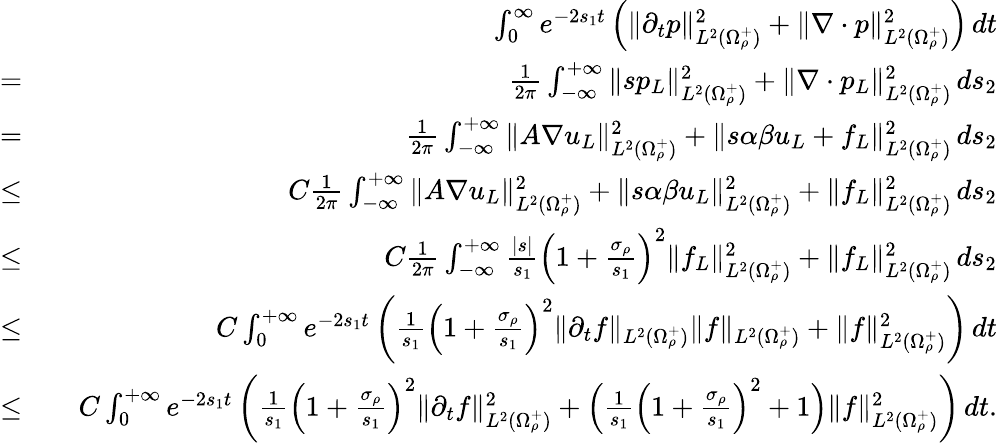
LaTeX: \begin{array}{rlr}&{}&{\int_{0}^{\infty}e^{-2s_{1}t}\left(\| \partial_{t}p\| _{L^{2}(\Omega_{\rho}^{+})}^{2}+\| \nabla\cdot p\| _{L^{2}(\Omega_{\rho}^{+})}^{2}\right)\, dt}\\ {=}&{}&{\frac{1}{2\pi}\int_{-\infty}^{+\infty}\| sp_{L}\| _{L^{2}(\Omega_{\rho}^{+})}^{2}+\| \nabla\cdot p_{L}\| _{L^{2}(\Omega_{\rho}^{+})}^{2}\, ds_{2}}\\ {=}&{}&{\frac{1}{2\pi}\int_{-\infty}^{+\infty}\| A\nabla u_{L}\| _{L^{2}(\Omega_{\rho}^{+})}^{2}+\| s\alpha\beta u_{L}+f_{L}\| _{L^{2}(\Omega_{\rho}^{+})}^{2}\, ds_{2}}\\ {\leq}&{}&{C\frac{1}{2\pi}\int_{-\infty}^{+\infty}\| A\nabla u_{L}\| _{L^{2}(\Omega_{\rho}^{+})}^{2}+\| s\alpha\beta u_{L}\| _{L^{2}(\Omega_{\rho}^{+})}^{2}+\| f_{L}\| _{L^{2}(\Omega_{\rho}^{+})}^{2}\, ds_{2}}\\ {\leq}&{}&{C\frac{1}{2\pi}\int_{-\infty}^{+\infty}\frac{|s|}{s_{1}}\left(1+\frac{\sigma_{\rho}}{s_{1}}\right)^{2}\| f_{L}\| _{L^{2}(\Omega_{\rho}^{+})}^{2}+\| f_{L}\| _{L^{2}(\Omega_{\rho}^{+})}^{2}\, ds_{2}}\\ {\leq}&{}&{C\int_{0}^{+\infty}e^{-2s_{1}t}\left(\frac{1}{s_{1}}\left(1+\frac{\sigma_{\rho}}{s_{1}}\right)^{2}\| \partial_{t}f\| _{L^{2}(\Omega_{\rho}^{+})}\| f\| _{L^{2}(\Omega_{\rho}^{+})}+\| f\| _{L^{2}(\Omega_{\rho}^{+})}^{2}\right)\, dt}\\ {\leq}&{}&{C\int_{0}^{+\infty}e^{-2s_{1}t}\left(\frac{1}{s_{1}}\left(1+\frac{\sigma_{\rho}}{s_{1}}\right)^{2}\| \partial_{t}f\| _{L^{2}(\Omega_{\rho}^{+})}^{2}+\Big(\frac{1}{s_{1}}\left(1+\frac{\sigma_{\rho}}{s_{1}}\right)^{2}+1\Big)\| f\| _{L^{2}(\Omega_{\rho}^{+})}^{2}\right)\, dt.}\end{array}